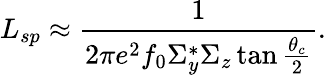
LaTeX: L_{sp}\approx\frac{1}{2\pi e^{2}f_{0}\Sigma_{y}^{*}\Sigma_{z}\tan\frac{\theta_{c}}{2}}.